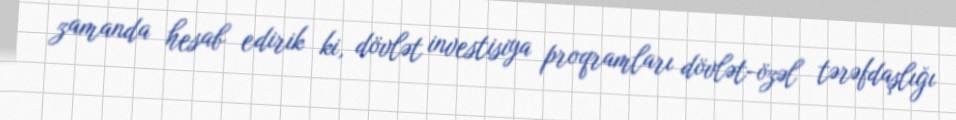
zamanda hesab edirik ki, dövlət investisiya proqramları dövlət-özəl tərəfdaşlığı